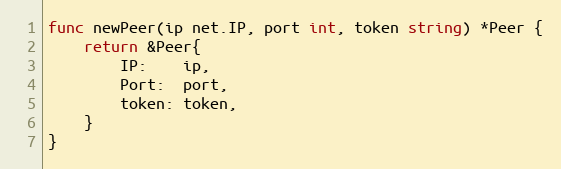
Language: Go
func newPeer(ip net.IP, port int, token string) *Peer {
	return &Peer{
		IP:    ip,
		Port:  port,
		token: token,
	}
}